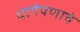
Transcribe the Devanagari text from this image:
धागेपणाचे